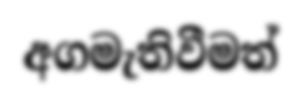
අගමැතිවීමත්